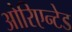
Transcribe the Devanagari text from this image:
ओरिएन्टेड